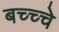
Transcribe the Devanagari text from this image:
बच्च्चे